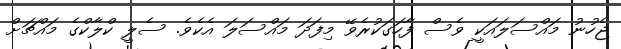
ޖެހުނު މައްސަލައަކީ ވެސް ފާހަގަކުރެވޭ މިފަދަ މައްސަލަ އެކެވެ. ސެލީ ކްލާކްގެ މައްޗަށް